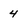
Character: 4